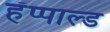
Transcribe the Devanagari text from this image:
हॅप्पाल्ड